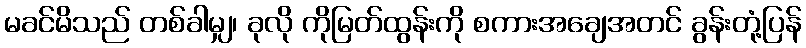
မခင်မိသည် တစ်ခါမျှ၊ ခုလို ကိုမြတ်ထွန်းကို စကားအချေအတင် ခွန်းတုံ့ပြန်